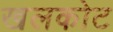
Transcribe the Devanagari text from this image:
खलकोट